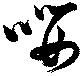
嚶